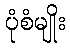
ပုံစံမျိုး